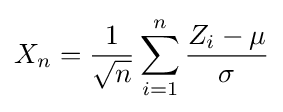
X_{n}={\frac {1}{\sqrt {n}}}\sum _{i=1}^{n}{\frac {Z_{i}-\mu }{\sigma }}